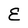
Character: E